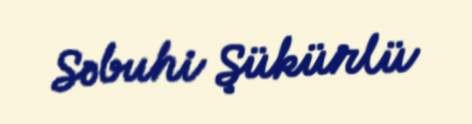
Səbuhi Şükürlü